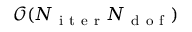
\mathcal { O } ( N _ { \mathrm { ~ i ~ t ~ e ~ r ~ } } N _ { \mathrm { ~ d ~ o ~ f ~ } } )